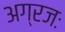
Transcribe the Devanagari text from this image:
अग्रजः